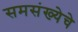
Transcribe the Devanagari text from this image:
समसंख्येचे